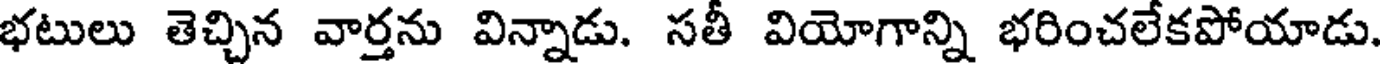
భటులు తెచ్చిన వార్తను విన్నాడు. సతీ వియోగాన్ని భరించలేకపోయాడు.